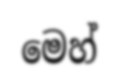
මෙහ්